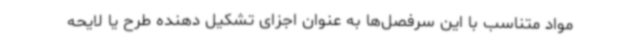
مواد متناسب با این سرفصل‌ها به عنوان اجزای تشکیل دهنده طرح یا لایحه